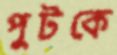
পুটকে